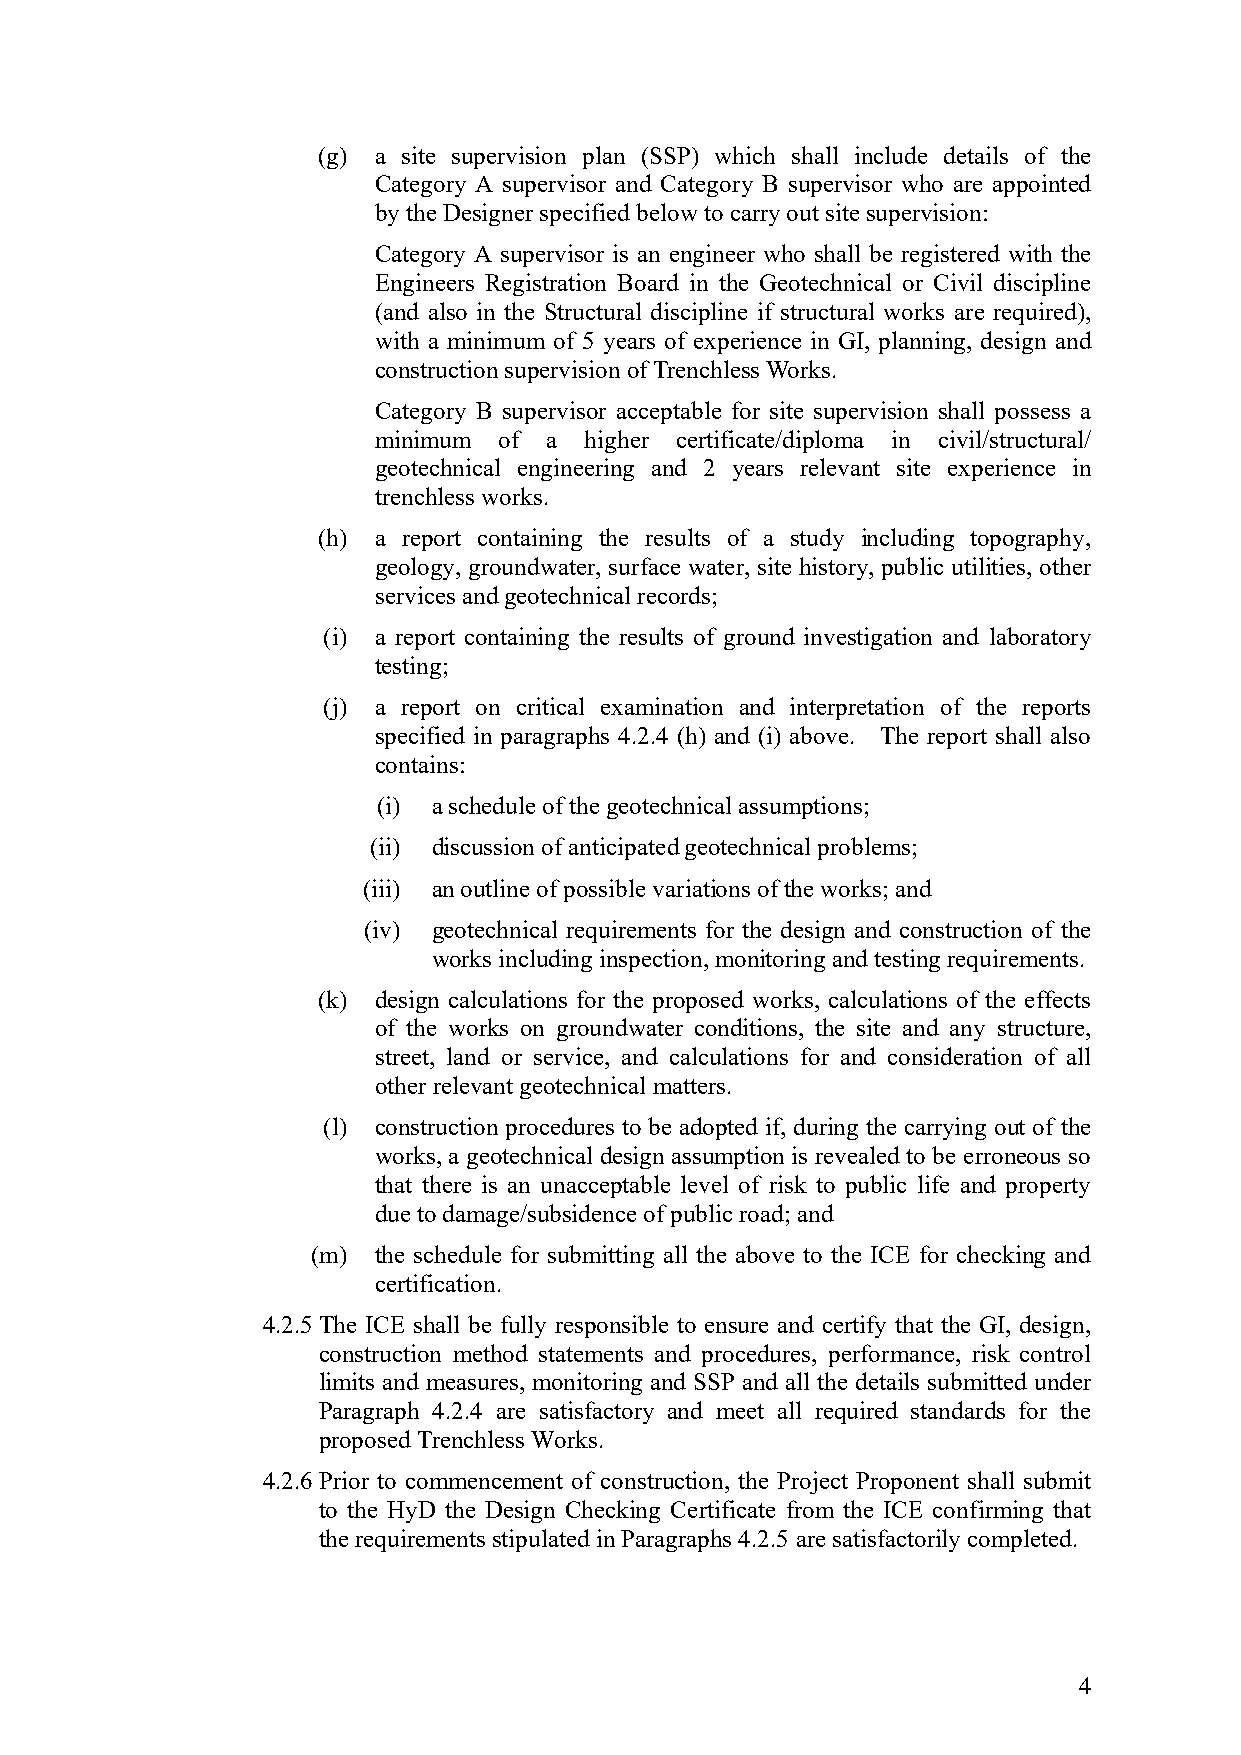
(g) a site supervision plan (SSP) which shall include details of the
 Category A supervisor and Category B supervisor who are appointed
 by the Designer specified below to carry out site supervision:
 Category A supervisor is an engineer who shall be registered with the
 Engineers Registration Board in the Geotechnical or Civil discipline
 (and also in the Structural discipline if structural works are required),
 with a minimum of 5 years of experience in GI, planning, design and
 construction supervision of Trenchless Works.
 Category B supervisor acceptable for site supervision shall possess a
 minimum of a  higher certificate/diploma in civil/structural/
 geotechnical engineering and 2 years relevant site experience in
 trenchless works.
 (h) a report containing the results of a study including topography,
 geology, groundwater, surface water, site history, public utilities, other
 services and geotechnical records;
 (i) a report containing the results of ground investigation and laboratory
 testing;
 (j) a report on critical examination and interpretation of the reports
 specified in paragraphs 4.2.4 (h) and (i) above. The report shall also
 contains:
 (i) a schedule of the geotechnical assumptions;
 (ii) discussion of anticipated geotechnical problems;
 (iii) an outline of possible variations of the works; and
 (iv) geotechnical requirements for the design and construction of the
 works including inspection, monitoring and testing requirements.
 (k) design calculations for the proposed works, calculations of the effects
 of the works on groundwater conditions, the site and any structure,
 street, land or service, and calculations for and consideration of all
 other relevant geotechnical matters.
 (l) construction procedures to be adopted if, during the carrying out of the
 works, a geotechnical design assumption is revealed to be erroneous so
 that there is an unacceptable level of risk to public life and property
 due to damage/subsidence of public road; and
 (m) the schedule for submitting all the above to the ICE for checking and
 certification.
 4.2.5 The ICE shall be fully responsible to ensure and certify that the GI, design,
 construction method statements and procedures, performance, risk control
 limits and measures, monitoring and SSP and all the details submitted under
 Paragraph 4.2.4 are satisfactory and meet all required standards for the
 proposed Trenchless Works.
 4.2.6 Prior to commencement of construction, the Project Proponent shall submit
 to the HyD the Design Checking Certificate from the ICE confirming that
 the requirements stipulated in Paragraphs 4.2.5 are satisfactorily completed.
 4